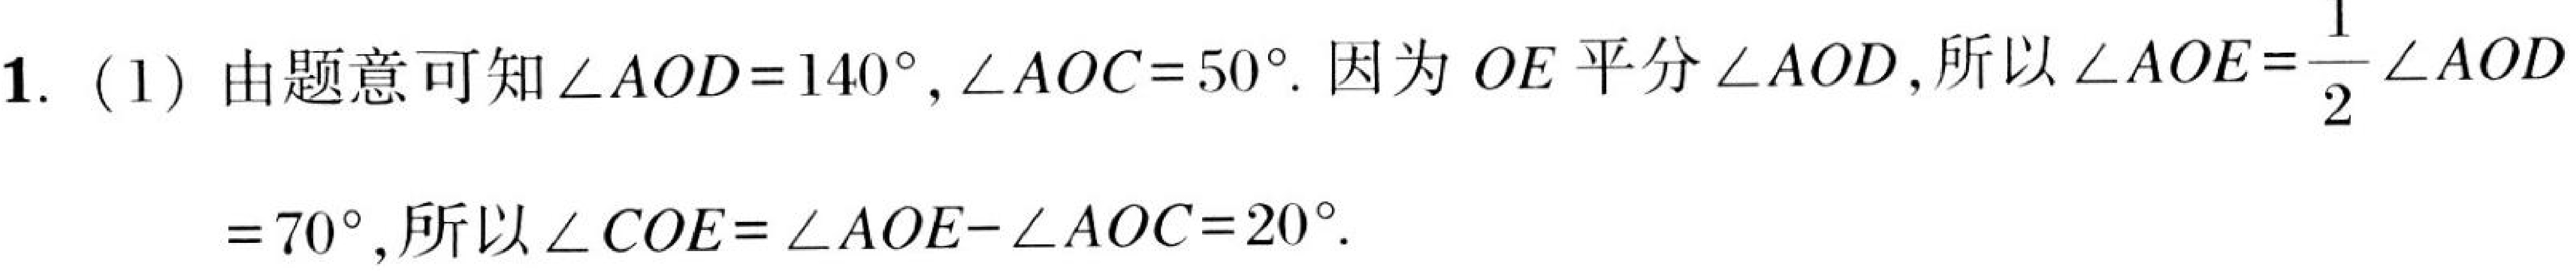
1. (1) 由题意可知$\angle AOD = 140^{\circ},\angle AOC = 50^{\circ}$. 因为$OE$平分$\angle AOD$,所以$\angle AOE=\frac{1}{2}\angle AOD$
$= 70^{\circ}$,所以$\angle COE=\angle AOE - \angle AOC = 20^{\circ}$.